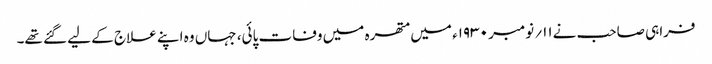
فراہی صاحب نے۱۱؍ نومبر ۱۹۳۰ء میں متھرہ میں وفات پائی، جہاں وہ اپنے علاج کے لیے گئے تھے۔